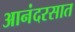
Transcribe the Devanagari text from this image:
आनंदरसात